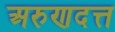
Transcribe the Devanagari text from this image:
अरुणदत्त